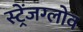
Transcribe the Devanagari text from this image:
स्ट्रेंजग्लोव